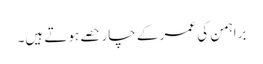
براہمن کی عمر کے چار حصے ہوتے ہیں۔